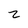
Character: 2